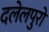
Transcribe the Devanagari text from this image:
दलेलपुरो